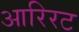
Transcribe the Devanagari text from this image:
आरिरट